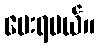
ပေးရမယ်။